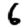
Digit: 6